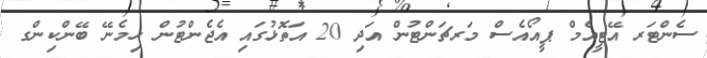
ސެންޓަރ އޭޓީއެމް ޕީއޯއެސް މަރޗަންޓުން އަދި 20 އަތޮޅުގައި އެޖެންޓުން ހިމެނޭ ބޭންކިންގ